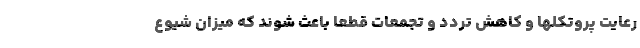
رعایت پروتکلها و کاهش تردد و تجمعات قطعا باعث شوند که میزان شیوع